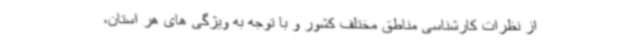
از نظرات کارشناسی مناطق مختلف کشور و با توجه به ویژگی های هر استان،